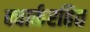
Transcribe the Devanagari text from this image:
क्वार्करहित